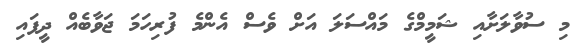
މި ސުވާލަށާއި ޝަމީމްގެ މައްސަލަ އަށް ވެސް އެންމެ ފުރިހަމަ ޖަވާބެއް ދީފައި